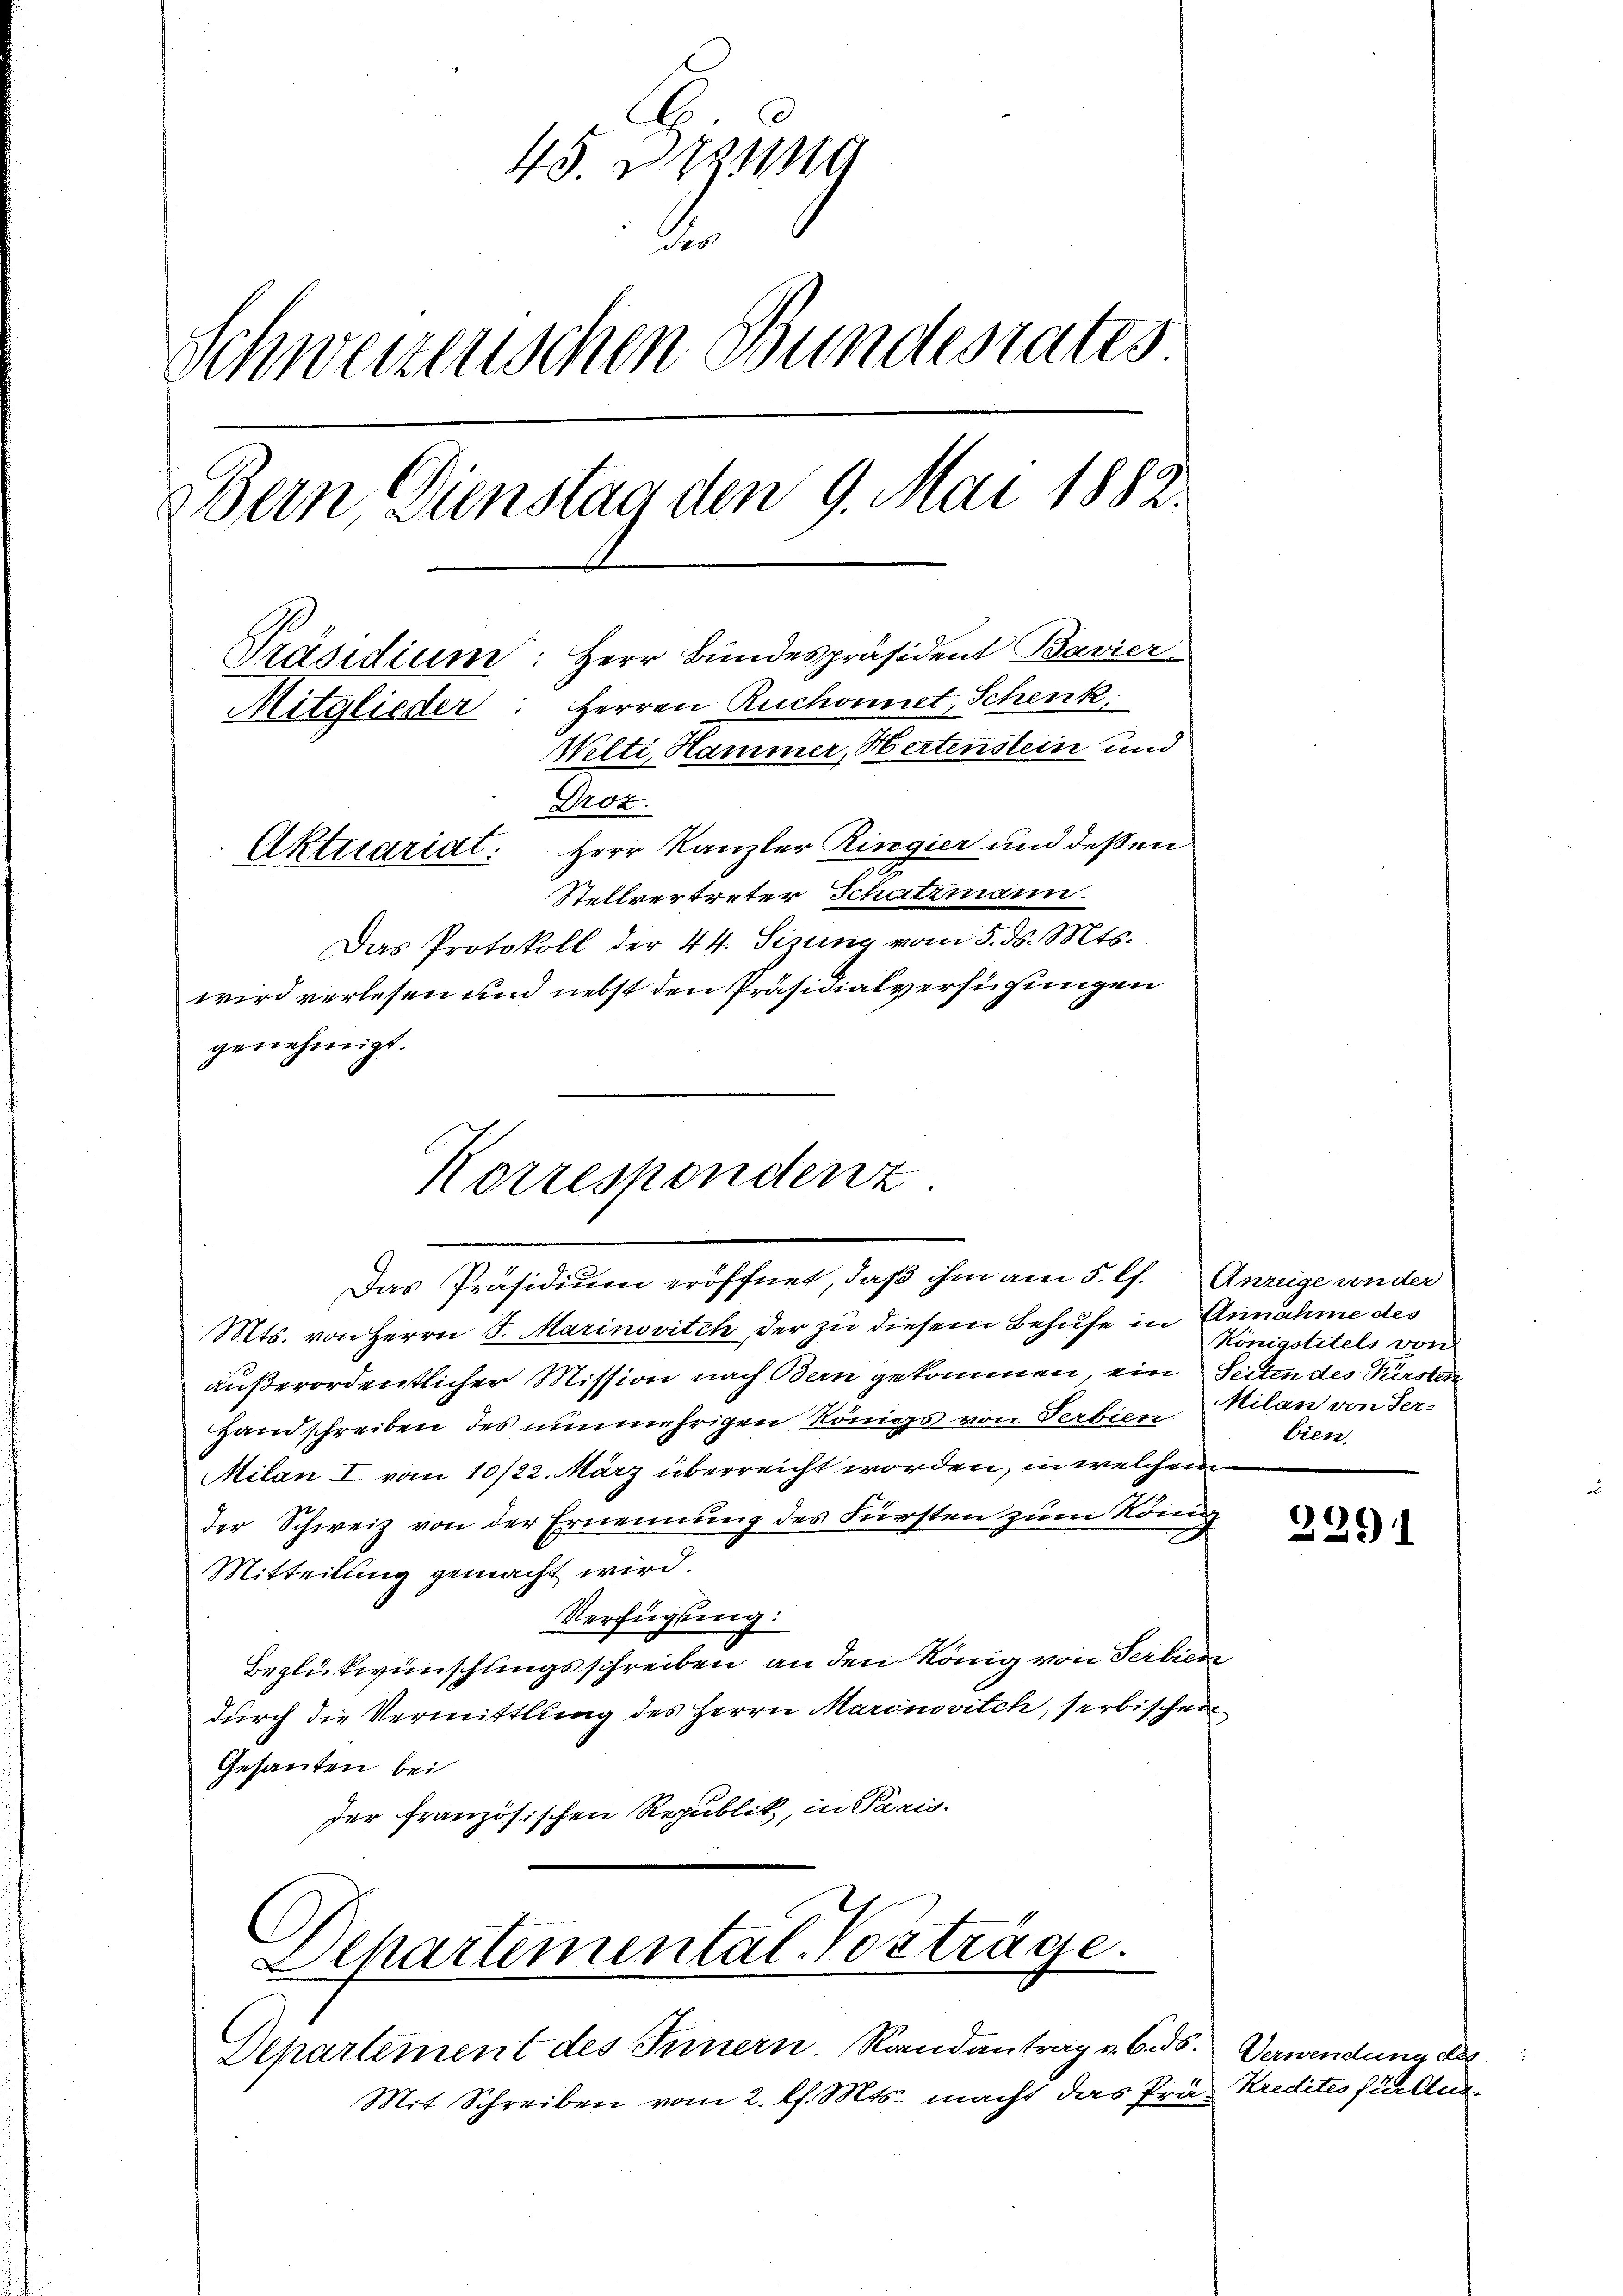
45. Dezung
Schweizerischen Bundesrates
Bern Dienstag den 9. Mai 1882.
Präsidium: Herr Bundespräsident Bavier
Mitglieder: Herren Ruchonnet, Schenk
Welti, Hammer, Hertenstein und
Droz.
Aktuariat. Herr Kanzler Ringier und deßen
Stellvertreter Schatzmann.
Das Protokoll der 44. Sizung vom 5. ds. Mts.

Korrespondenz

wird verlesen und nebst den Präsidialverfügungen
genehmigt.

Mts. von Herrn S. Marinovitch, der zu diesem Behufe in Annahme des
außerordentlicher Mission nach Bern gekommen, ein Seiten des Fürsten
Handschreiben des nunmehrigen Königs von Serbien Milan von Ser-
Milan I vom 10/22. März überreicht worden, in welchem
der Schweiz von der Ernennung des Fürsten zum Köni
.
Mitteilung gemacht wird.
Verfügung:
Beglückwünschlingsschreiben an den König von Serbiere
durch die Vermittlung des Herrn Marinovitch, serbischen
Gesanten bei
der französischen Republik, in Paris-
Departemental-Vorträge.
Departement des Feinern. Randantrag v. 6. ds. Verwendung des
Mit Schreiben vom 2. l. Mts. macht das Präs Kredites für Aus¬

Das Präsidium eröffnet, daß ihm am 5. f. Anzeige ander

Königstitels von
bien.

2291